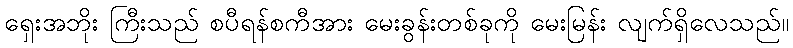
ရှေးအဘိုး ကြီးသည် စပီရန်စကီအား မေးခွန်းတစ်ခုကို မေးမြန်း လျက်ရှိလေသည်။